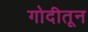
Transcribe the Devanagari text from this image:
गोदीतून